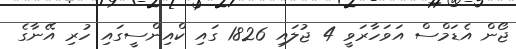
ޖޯން އެޑަމްސް އަވަހާރަވީ 4 ޖުލައި 1826 ގައި ކްއިންސީގައި ހުރި އޭނާގެ